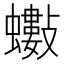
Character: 𧔅